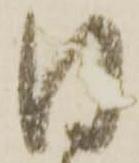
日